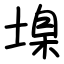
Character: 㙞